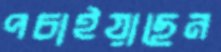
পচাইয়াছেন